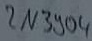
Text: 2N3904